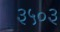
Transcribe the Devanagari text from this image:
३५०३